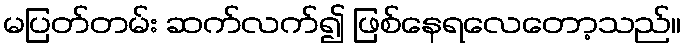
မပြတ်တမ်း ဆက်လက်၍ ဖြစ်နေရလေတော့သည်။